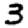
Digit: 3